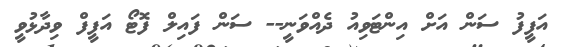
އަފީފު ސަން އަށް އިންޓަވިއު ދެއްވަނީ-- ސަން ފައިލް ފޮޓޯ އަފީފް ވިދާޅުވީ